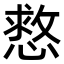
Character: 慦